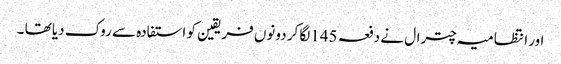
اور انتظامیہ چترال نے دفعہ 145لگا کر دونوں فریقین کو استفادہ سے روک دیا تھا ۔